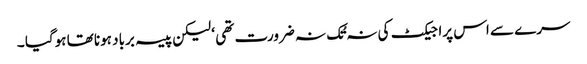
سرے سے اس پراجیکٹ کی نہ تُک نہ ضرورت تھی ‘ لیکن پیسہ برباد ہونا تھا ہوگیا ۔